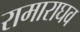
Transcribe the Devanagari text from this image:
रामाराघव